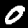
Digit: 0